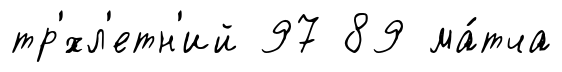
тр'́хл'етн'ий 97 89 ма́тча